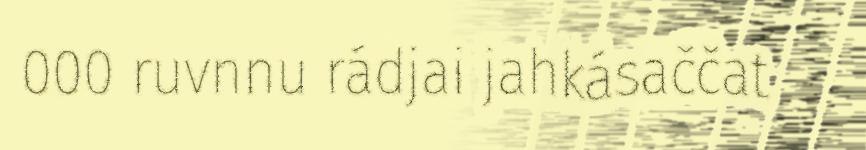
000 ruvnnu rádjai jahkásaččat